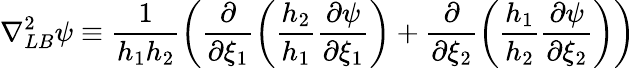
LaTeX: \nabla_{LB}^{2}\psi\equiv\frac{1}{h_{1}h_{2}}\left(\frac{\partial}{\partial\xi_{1}}\left(\frac{h_{2}}{h_{1}}\frac{\partial\psi}{\partial\xi_{1}}\right)+\frac{\partial}{\partial\xi_{2}}\left(\frac{h_{1}}{h_{2}}\frac{\partial\psi}{\partial\xi_{2}}\right)\right)